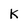
Character: K